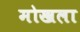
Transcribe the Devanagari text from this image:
मोखला